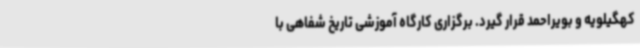
کهگیلویه و بویراحمد قرار گیرد. برگزاری کارگاه آموزشی تاریخ شفاهی با